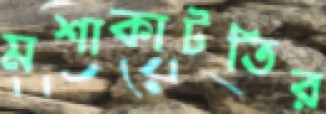
মশাকাটতির